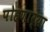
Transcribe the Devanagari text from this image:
पोहणार्‍या